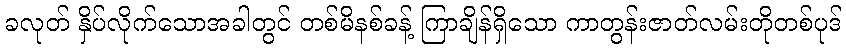
ခလုတ် နှိပ်လိုက်သောအခါတွင် တစ်မိနစ်ခန့် ကြာချိန်ရှိသော ကာတွန်းဇာတ်လမ်းတိုတစ်ပုဒ်